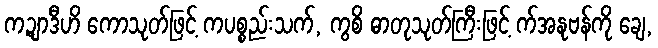
ကဍျာဒီဟိ ကောသုတ်ဖြင့် ကပစ္စည်းသက်, ကွစိ ဓာတုသုတ်ကြီးဖြင့် က်အနုဗန်ကို ချေ,